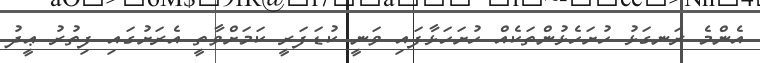
އެންމެ ރަނގަޅު ހުށަހެޅުންތަކެއް ހުށަހަޅާފައި ވަނީ ކުޑަފަރީ ކަމަށްވާތީ އެރަށުގައި ފިތުރު ޢީދު